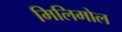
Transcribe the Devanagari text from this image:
मिलिमोल